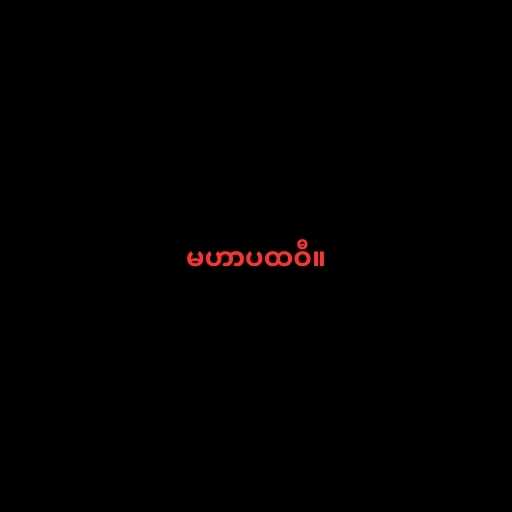
မဟာပထဝီ။